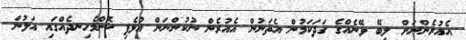
އެއުރެންނަށް ލިބޭ ވޭނެއްގެ ގަދަކަމުން އެތަނުން އެއުރެން ނުކުންނަން އުޅެފި ކޮންމެހިނދެއްގައި އަލުން